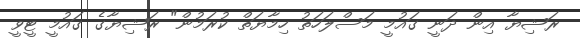
ރަޝިޔާ އިން ދަނީ ގައުމީ މަސްލަހަތު ހިމާޔަތް ކުރަމުން" ރަޝިޔާގެ ގައުމީ ޓީވީ